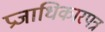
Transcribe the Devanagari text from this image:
प्रजाधिकारपत्र